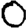
Digit: 0